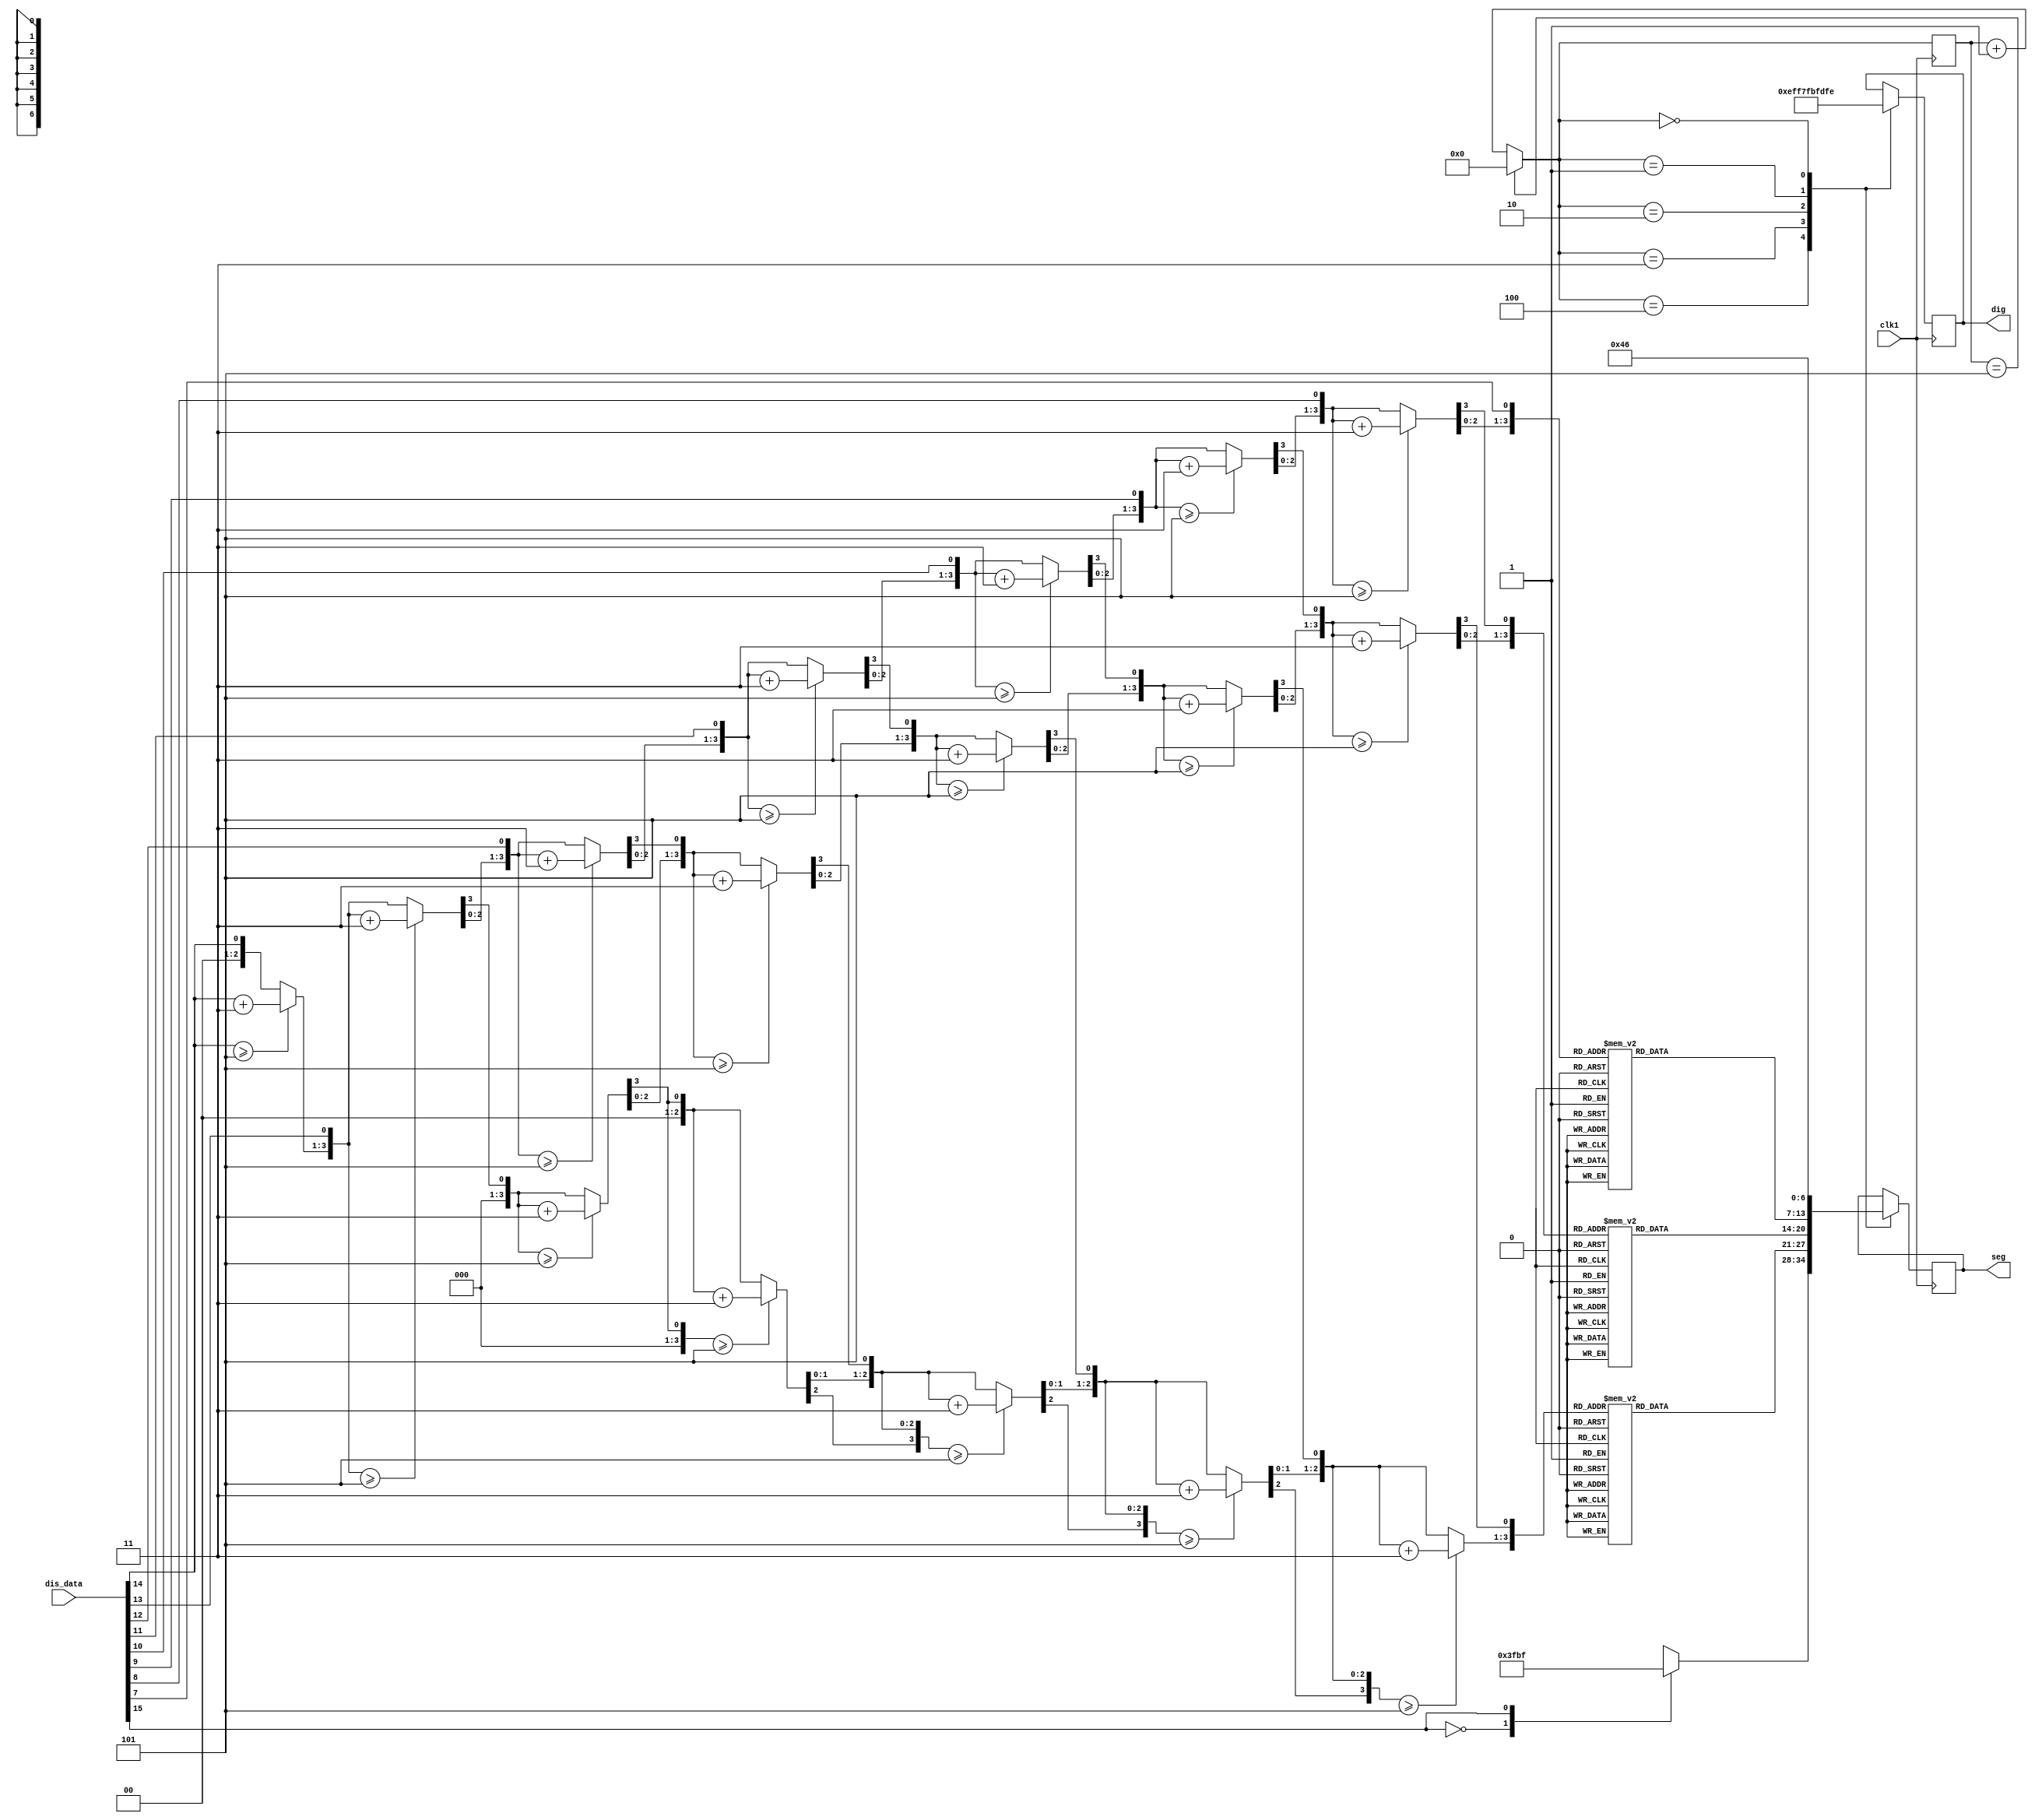
module scan_led(clk1,dig,seg,dis_data);
input clk1;
input [15:0] dis_data;
output reg [7:0] dig; 
output reg [6:0] seg; 
reg [3:0] hundreds;
reg [3:0] tens;
reg [3:0] ones;
reg [7:0] valid_values;
reg[3:0] a=0;
 parameter AN0=8'b11111110,AN1=8'b11111101,AN2 = 8'b11111011,AN3 = 8'b11110111,AN4 = 8'b11101111,AN5 = 8'b11011111,AN6=8'b10111111,AN7=8'b01111111,  
 zero = 7'b100_0000,one = 7'b111_1001,two = 7'b010_0100,three = 7'b011_0000,four = 7'b001_1001,  
               five = 7'b001_0010,six = 7'b000_0010,seven = 7'b111_1000,eigth = 7'b000_0000,nine = 7'b001_0000; 

    integer i;

always @(posedge clk1) 
begin

valid_values[7:0]=dis_data[14:7];
hundreds=4'b0;
tens=4'b0;
ones=4'b0;
for(i=7;i>=0;i=i-1)
begin
    if(hundreds>=5)hundreds=hundreds+3;
    if(tens>=5)tens=tens+3;
    if(ones>=5)ones=ones+3;
    
    hundreds=hundreds<<1;
    hundreds[0]=tens[3];
    tens=tens<<1;
    tens[0]=ones[3];
    ones=ones<<1;
    ones[0]=valid_values[i];
end

if(a==5)a=0;
else a<=a+1'd1; 
               case(a)  
4: begin
         case(dis_data[15])  
           'b0 : seg <= 7'b1111111;  
           'b1 : seg <= 7'b0111111;  
         endcase  
            dig <= AN4;
            end
3:begin  
                    case(hundreds [3:0])  
                    0 : seg <= zero;  
                    1 : seg <= one;  
                    2 : seg <= two;  
                    3 : seg <= three;  
                    4 : seg <= four;  
                    5 : seg <= five;  
                    6 : seg <= six;  
                    7 : seg <= seven;  
                    8 : seg <= eigth;  
                    9 : seg <= nine;  
                    default:seg <= 7'b1111111;  
                    endcase  
                    dig <= AN3; 
                 end  
2:begin  
                    case(tens [3:0])  
                    0 : seg <= zero;  
                    1 : seg <= one;  
                    2 : seg <= two;  
                    3 : seg <= three;  
                    4 : seg <= four;  
                    5 : seg <= five;  
                    6 : seg <= six;  
                    7 : seg <= seven;  
                    8 : seg <= eigth;  
                    9 : seg <= nine;  
                    default:seg <= 7'b1111111;  
                  endcase  
                    dig <= AN2;  
                 end
1:begin
                  case(ones [3:0])  
                    0 : seg <= zero;  
                    1 : seg <= one;  
                    2 : seg <= two;  
                    3 : seg <= three;  
                    4 : seg <= four;  
                    5 : seg <= five;  
                    6 : seg <= six;  
                    7 : seg <= seven;  
                    8 : seg <= eigth;  
                    9 : seg <= nine;  
                    default:seg <= 7'b1111111;  
                  endcase  
                     dig <= AN1;             
               end
0:begin
                       seg <= 7'b1000110; 
                        dig <= AN0;
                        end
            endcase
            end
endmodule